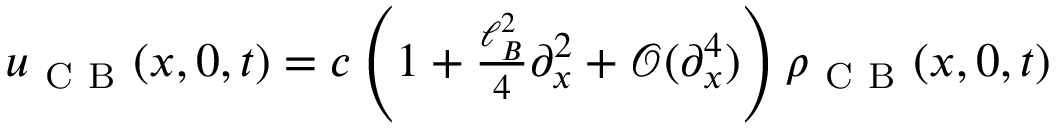
\begin{array} { r } { u _ { \mathrm { ~ C ~ B ~ } } ( x , 0 , t ) = c \left( 1 + \frac { \ell _ { B } ^ { 2 } } { 4 } \partial _ { x } ^ { 2 } + \mathcal { O } ( \partial _ { x } ^ { 4 } ) \right) \rho _ { \mathrm { ~ C ~ B ~ } } ( x , 0 , t ) } \end{array}